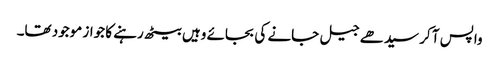
واپس آ کر سیدھے جیل جانے کی بجائے وہیں بیٹھ رہنے کا جواز موجود تھا۔